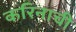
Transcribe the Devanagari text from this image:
करिनाची